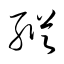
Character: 縦